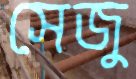
সেজু